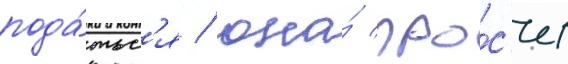
пода́тьс'я / она́ про́с'ит